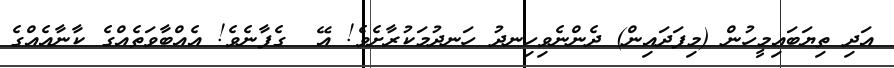
އަދި ތިޔަބައިމީހުން (މިފަދައިން) ދެންނެވިހިނދު ހަނދުމަކުރާށެވެ! އޭ  ގެފާނެވެ! އެއްބާވަތެއްގެ ކާނާއެއްގެ